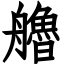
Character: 艪